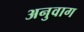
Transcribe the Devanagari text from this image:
अनुवाग